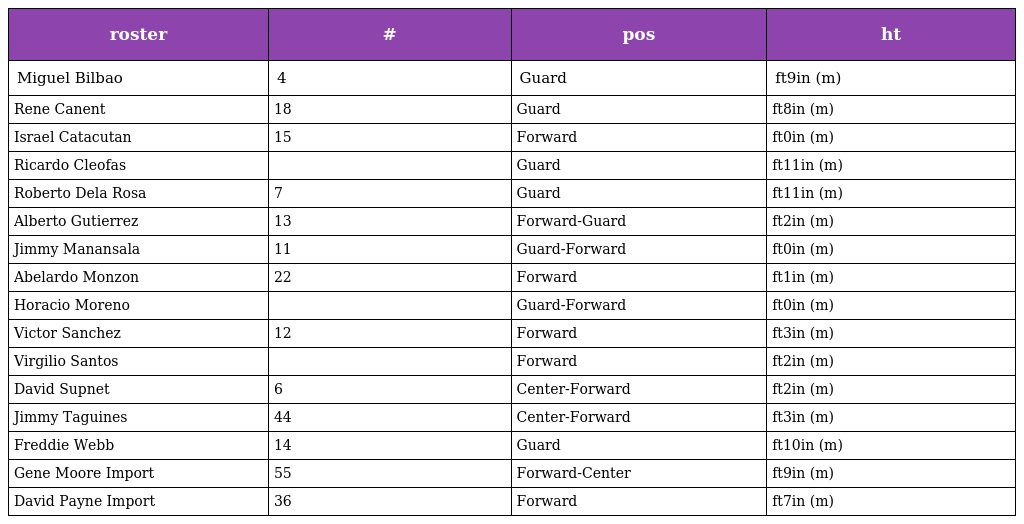
| roster | # | pos | ht |
 | --- | --- | --- | --- |
 | Miguel Bilbao | 4 | Guard | ft9in (m) |
 | Rene Canent | 18 | Guard | ft8in (m) |
 | Israel Catacutan | 15 | Forward | ft0in (m) |
 | Ricardo Cleofas |  | Guard | ft11in (m) |
 | Roberto Dela Rosa | 7 | Guard | ft11in (m) |
 | Alberto Gutierrez | 13 | Forward-Guard | ft2in (m) |
 | Jimmy Manansala | 11 | Guard-Forward | ft0in (m) |
 | Abelardo Monzon | 22 | Forward | ft1in (m) |
 | Horacio Moreno |  | Guard-Forward | ft0in (m) |
 | Victor Sanchez | 12 | Forward | ft3in (m) |
 | Virgilio Santos |  | Forward | ft2in (m) |
 | David Supnet | 6 | Center-Forward | ft2in (m) |
 | Jimmy Taguines | 44 | Center-Forward | ft3in (m) |
 | Freddie Webb | 14 | Guard | ft10in (m) |
 | Gene Moore Import | 55 | Forward-Center | ft9in (m) |
 | David Payne Import | 36 | Forward | ft7in (m) |